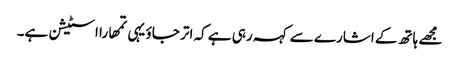
مجھے ہاتھ کے اشارے سے کہہ رہی ہے کہ اتر جاؤ یہی تمھارا اسٹیشن ہے۔